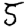
Digit: 5